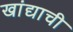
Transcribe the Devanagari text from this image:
खांद्याची